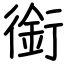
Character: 銜